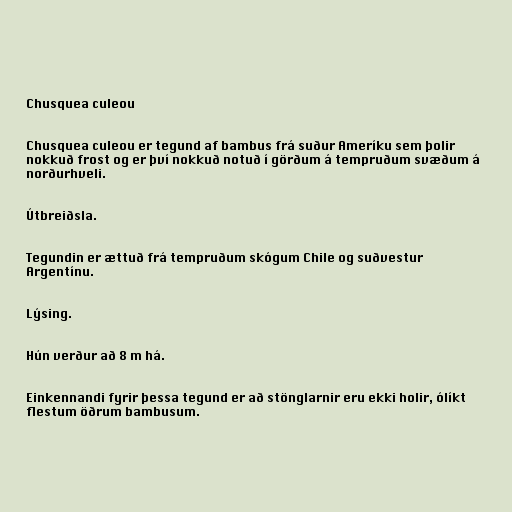
Chusquea culeou

Chusquea culeou er tegund af bambus frá suður Ameríku sem þolir
nokkuð frost og er því nokkuð notuð í görðum á tempruðum svæðum á
norðurhveli.

Útbreiðsla.

Tegundin er ættuð frá tempruðum skógum Chile og suðvestur
Argentínu.

Lýsing.

Hún verður að 8 m há.

Einkennandi fyrir þessa tegund er að stönglarnir eru ekki holir, ólíkt
flestum öðrum bambusum.